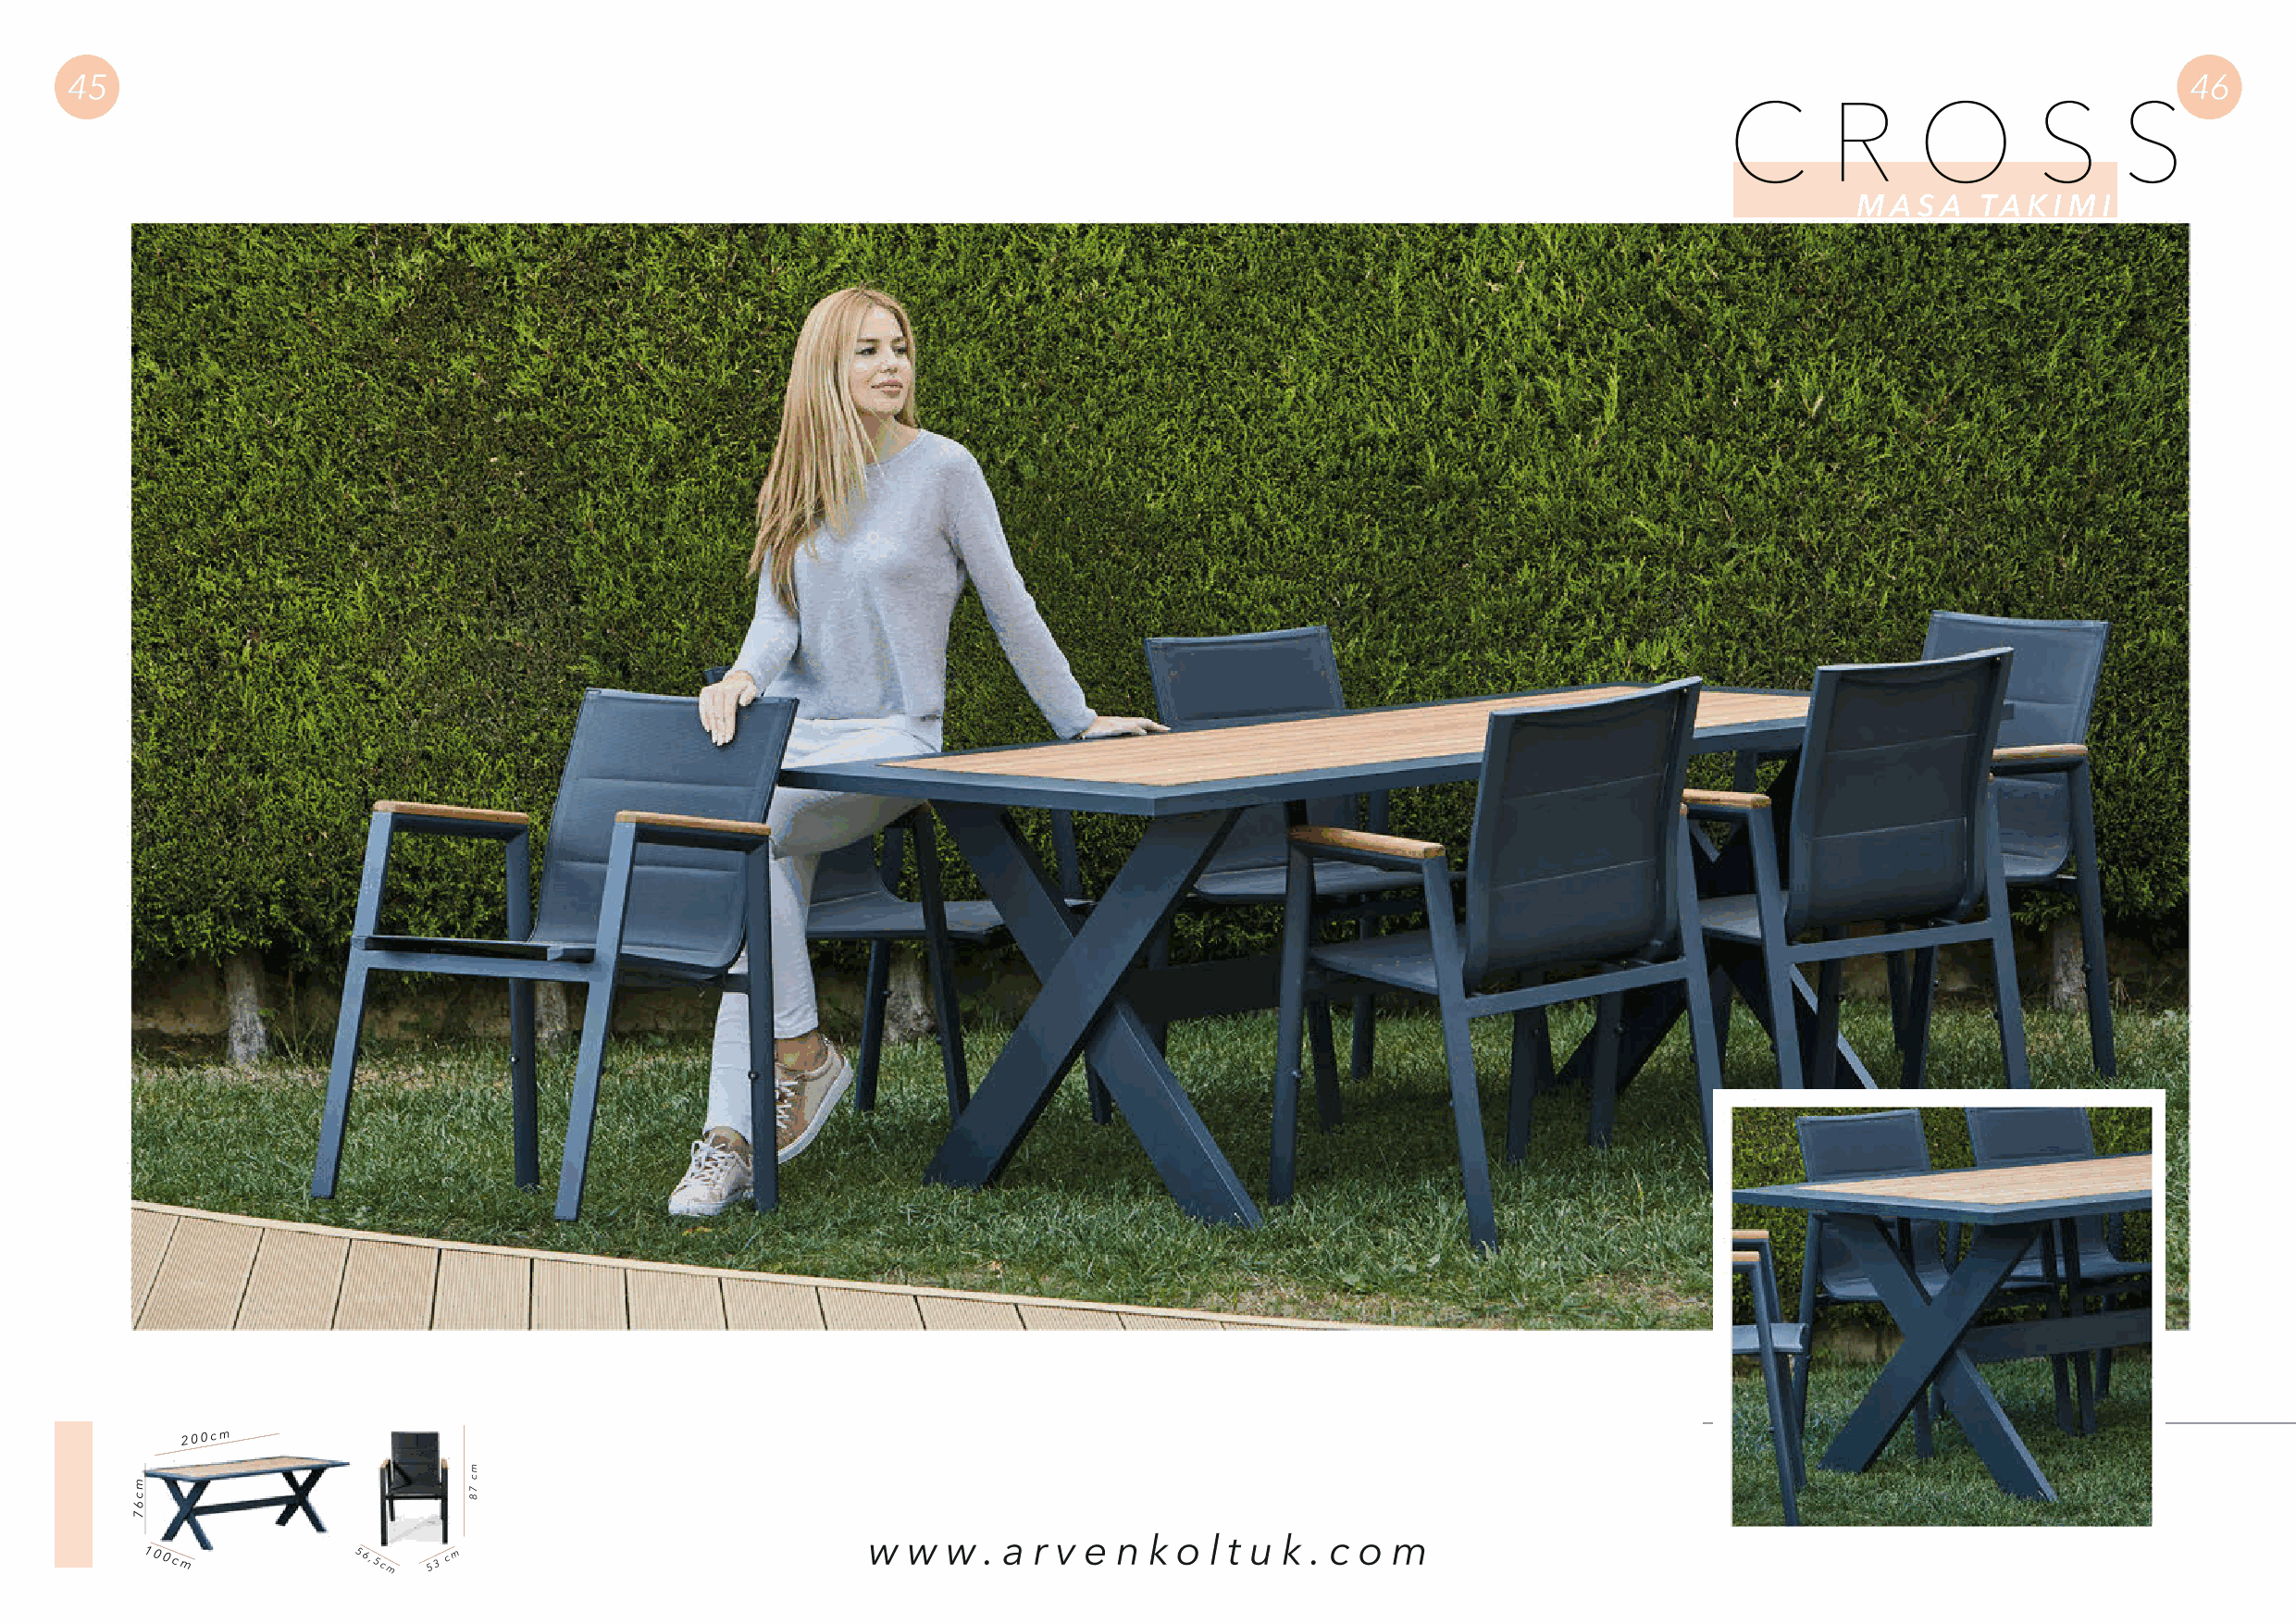
45                                                                                                                                                      46
 C      R     O        S     S
 M A S A  TA K I M I
 200cm
 w  w  w . a r v e n k o  l t u k . c o m
 100cm          56,5cm 5 3 c m
 mc67
 mc
 78